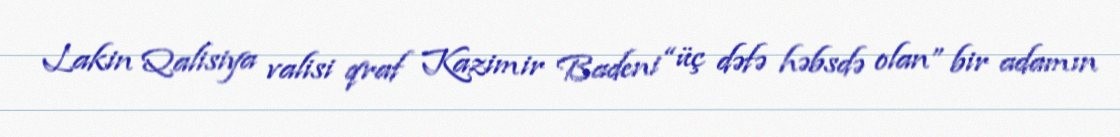
Lakin Qalisiya valisi qraf Kazimir Badeni “üç dəfə həbsdə olan” bir adamın